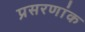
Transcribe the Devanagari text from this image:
प्रसरणांक